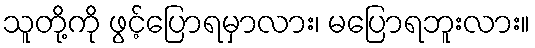
သူတို့ကို ဖွင့်ပြောရမှာလား၊ မပြောရဘူးလား။